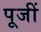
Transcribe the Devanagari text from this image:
पूजीं